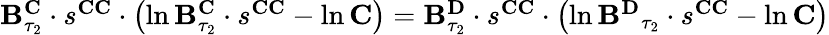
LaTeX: \begin{array}{r}{\mathbf{B}_{\tau_{2}}^{\mathbf{C}}\cdot s^{\mathbf{CC}}\cdot\left(\ln\mathbf{B}_{\tau_{2}}^{\mathbf{C}}\cdot s^{\mathbf{CC}}-\ln\mathbf{C}\right)=\mathbf{B}_{\tau_{2}}^{\mathbf{D}}\cdot s^{\mathbf{CC}}\cdot\left(\ln\mathbf{B^{\mathbf{D}}}_{\tau_{2}}\cdot s^{\mathbf{CC}}-\ln\mathbf{C}\right)}\end{array}